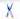
X